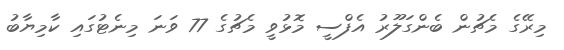
މިރޭގެ މެޗުން ބެންގަލޫރު އެފްސީ މޮޅުވީ މެޗުގެ 77 ވަނަ މިނެޓުގައި ކާމިޔާބު